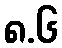
၈.၆